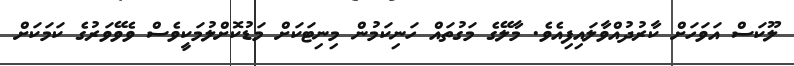
ލޫކަސް އަވަހަށް ކާރުދުއްވާލައިފިއެވެ. މާލޭގެ މަގުތައް ހަނިކަމުން މިނިޓަކަށް މަޑުކޮށްލުމަކީވެސް ވެވޭވަރުގެ ކަމަކަށް